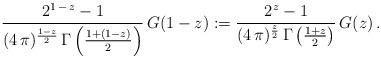
LaTeX: \begin{align*} \frac{2^{1\,-\,z} - 1}{(4\,\pi)^{\frac{1-z}{2}}\,\Gamma\left(\frac{1 + (1 - z)}{2}\right)}\,G(1 - z) := \frac{2^z - 1}{(4\,\pi)^{\frac{z}{2}}\,\Gamma\left(\frac{1 + z}{2}\right)}\,G(z)\,. \end{align*}